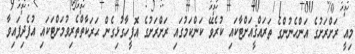
މިއީ ރަށްރަށުގެ އަންހެނުންގެ ތަރައްޤީއަށްޓާކައި ކުރެވޭ ކަންކަމުގައި ރަށްރަށުގެ އޮފީހާގުޅިގެން ޙަރަކާތްތެރިވުމަށްޓަކައި އުފެދިފައިވާ